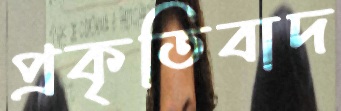
প্রকৃতিবাদ